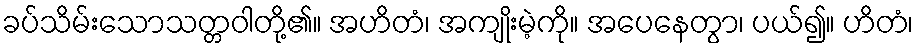
ခပ်သိမ်းသောသတ္တဝါတို့၏။ အဟိတံ၊ အကျိုးမဲ့ကို။ အပေနေတွာ၊ ပယ်၍။ ဟိတံ၊